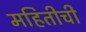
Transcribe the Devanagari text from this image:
महितीची